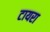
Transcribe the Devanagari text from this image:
टायरा